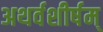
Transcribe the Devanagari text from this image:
अथर्वशीर्षम्